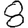
Digit: 8